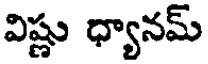
విష్ణు ధ్యానమ్